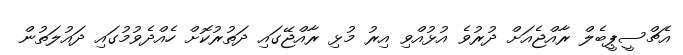
އެޗްސީޕީބެލް ރާއްޖެއަށް ދުރުވެ އުޅުއްވި އިރު މުޅި ރާއްޖޭގައި ދަތުރުކޮށް ހެއްދެވުމުގައި ދައުލަތުން